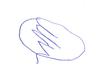
Signature authenticity: forged